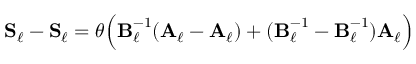
\boldsymbol { \mathbf { S } } _ { \ell } - \boldsymbol { \mathbf { \check { S } } } _ { \ell } = \theta \Bigl ( \boldsymbol { \mathbf { \check { B } } } _ { \ell } ^ { - 1 } ( \boldsymbol { \mathbf { \check { A } } } _ { \ell } - \boldsymbol { \mathbf { A } } _ { \ell } ) + ( \boldsymbol { \mathbf { \check { B } } } _ { \ell } ^ { - 1 } - \boldsymbol { \mathbf { B } } _ { \ell } ^ { - 1 } ) \boldsymbol { \mathbf { A } } _ { \ell } \Bigr )